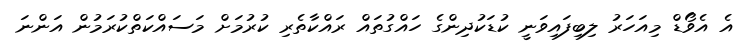
އެ އެވޯޑް މިއަހަރު ލިބިފައިވަނީ ކުޑަކުދިންގެ ހައްގުތައް ރައްކާތެރި ކުރުމަށް މަސައްކަތްކުރަމުން އަންނަ